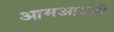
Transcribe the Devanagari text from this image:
आमआदमी